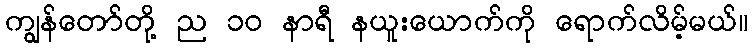
ကျွန်တော်တို့ ည ၁၀ နာရီ နယူးယောက်ကို ရောက်လိမ့်မယ်။